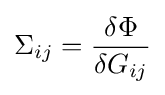
\Sigma _{ij}={\frac {\delta \Phi }{\delta G_{ij}}}